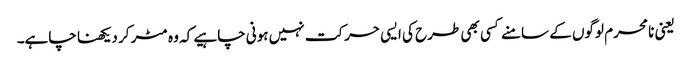
یعنی نا محرم لوگوں کے سامنے کسی بھی طرح کی ایسی حرکت نہیں ہونی چاہیے کہ وہ مٹر کر دیکھنا چاہے۔